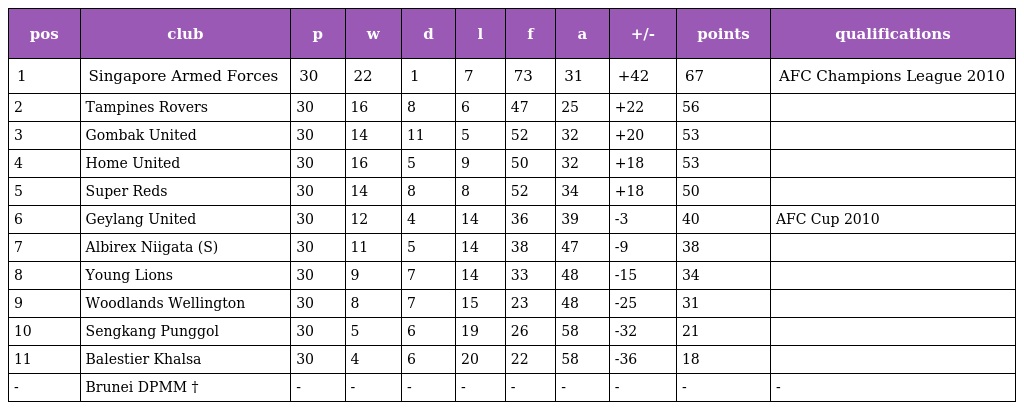
| pos | club | p | w | d | l | f | a | +/- | points | qualifications |
 | --- | --- | --- | --- | --- | --- | --- | --- | --- | --- | --- |
 | 1 | Singapore Armed Forces | 30 | 22 | 1 | 7 | 73 | 31 | +42 | 67 | AFC Champions League 2010 |
 | 2 | Tampines Rovers | 30 | 16 | 8 | 6 | 47 | 25 | +22 | 56 |  |
 | 3 | Gombak United | 30 | 14 | 11 | 5 | 52 | 32 | +20 | 53 |  |
 | 4 | Home United | 30 | 16 | 5 | 9 | 50 | 32 | +18 | 53 |  |
 | 5 | Super Reds | 30 | 14 | 8 | 8 | 52 | 34 | +18 | 50 |  |
 | 6 | Geylang United | 30 | 12 | 4 | 14 | 36 | 39 | -3 | 40 | AFC Cup 2010 |
 | 7 | Albirex Niigata (S) | 30 | 11 | 5 | 14 | 38 | 47 | -9 | 38 |  |
 | 8 | Young Lions | 30 | 9 | 7 | 14 | 33 | 48 | -15 | 34 |  |
 | 9 | Woodlands Wellington | 30 | 8 | 7 | 15 | 23 | 48 | -25 | 31 |  |
 | 10 | Sengkang Punggol | 30 | 5 | 6 | 19 | 26 | 58 | -32 | 21 |  |
 | 11 | Balestier Khalsa | 30 | 4 | 6 | 20 | 22 | 58 | -36 | 18 |  |
 | - | Brunei DPMM † | - | - | - | - | - | - | - | - | - |